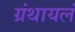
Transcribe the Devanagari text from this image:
ग्रंथायलं